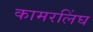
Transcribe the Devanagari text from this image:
कामरलिंघ